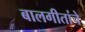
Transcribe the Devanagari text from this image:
बालगीतांचे